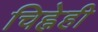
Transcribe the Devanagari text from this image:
चिह्नेही